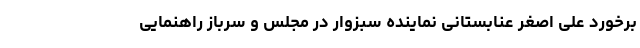
برخورد علی اصغر عنابستانی نماینده سبزوار در مجلس و سرباز راهنمایی